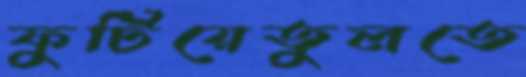
ফুটিয়েতুলতে